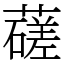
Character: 䕢